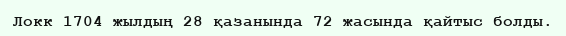
Локк 1704 жылдың 28 қазанында 72 жасында қайтыс болды.